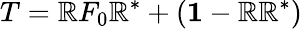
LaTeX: T=\mathbb{R}F_{0}\mathbb{R}^{*}+({\mathbf{1}}-\mathbb{R}\mathbb{R}^{*})